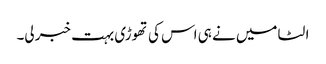
الٹا میں نے ہی اس کی تھوڑی بہت خبر لی۔